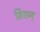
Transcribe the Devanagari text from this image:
मिशन्‌